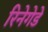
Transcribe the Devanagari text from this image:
रिनेगेडे